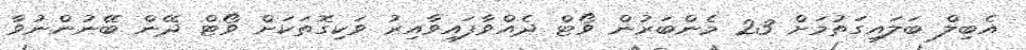
އެބިލް ބަލައިގަތުމަށް 23 މެންބަރުން ވޯޓް ދެއްވާފައިވާއިރު ވަކިގޮތަކަށް ވޯޓް ދޭން ބޭނުންނުވާ